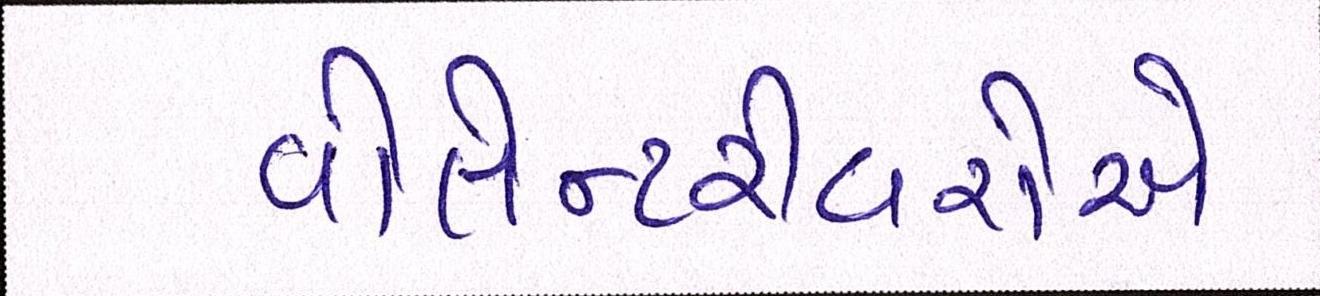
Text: વોલેન્ટરીયરોએ